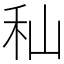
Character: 秈